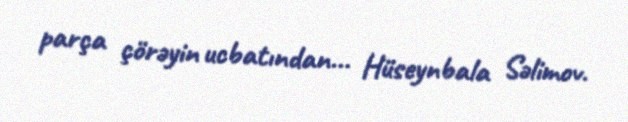
parça çörəyin ucbatından... Hüseynbala Səlimov.